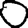
Digit: 0